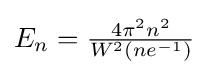
{\textstyle E_{n}={\frac {4\pi ^{2}n^{2}}{W^{2}(ne^{-1})}}}